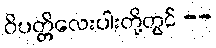
ဝိပတ္တိလေးပါးတို့တွင် --